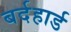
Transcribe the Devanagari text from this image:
बर्दहार्ड